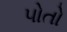
પોતો